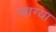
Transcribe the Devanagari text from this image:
जाग्या